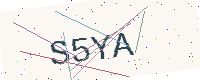
Text: S5YA